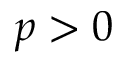
p > 0